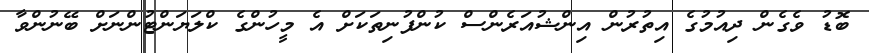
ބޮޑު ވެގެން ދިއުމުގެ އިތުރުން އިންޝުއަރެންސް ކުންފުނިތަކަށް އެ މީހުންގެ ކްލަޔަންޓުންނަށް ބޭނުންވާ